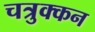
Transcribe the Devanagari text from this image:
चत्रुक्कन